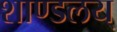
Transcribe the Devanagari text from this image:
शाण्डलय्